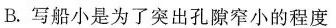
B.写船小是为了突出孔隙窄小的程度